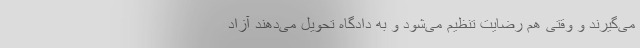
می‌گیرند و وقتی هم رضایت تنظیم می‌شود و به دادگاه تحویل می‌دهند آزاد